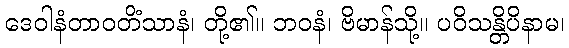
ဒေဝါနံတာဝတိံသာနံ၊ တို့၏။ ဘဝနံ၊ ဗိမာန်သို့။ ပဝိသန္တိပိနာမ၊